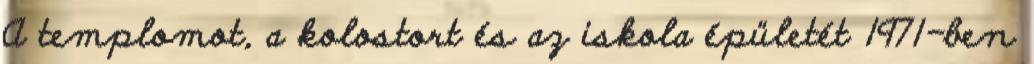
A templomot, a kolostort és az iskola épületét 1971-ben